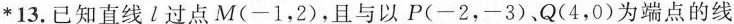
*13.已知直线l过点M(-1，2)，且与以P(-2，-3)、Q(4，0)为端点的线